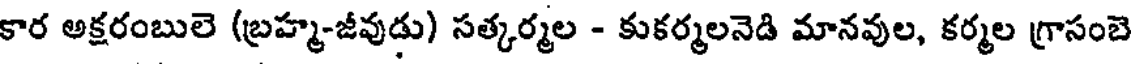
కార అక్షరంబులె (బ్రహ్మ-జీవుడు) సత్కర్మల - కుకర్మలనెడి మానవుల, కర్మల గ్రాసంబె